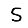
Digit: 5